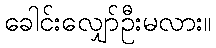
ခေါင်းလျှော်ဦးမလား။